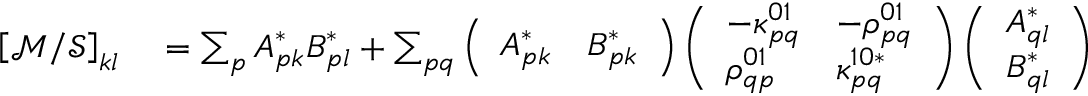
\begin{array} { r l } { \left[ \mathcal { M } / \mathcal { S } \right] _ { k l } } & { { } = \sum _ { p } A _ { p k } ^ { * } B _ { p l } ^ { * } + \sum _ { p q } \left( \begin{array} { l l } { A _ { p k } ^ { * } } & { B _ { p k } ^ { * } } \end{array} \right) \left( \begin{array} { l l } { - \kappa _ { p q } ^ { 0 1 } } & { - \rho _ { p q } ^ { 0 1 } } \\ { \rho _ { q p } ^ { 0 1 } } & { \kappa _ { p q } ^ { 1 0 * } } \end{array} \right) \left( \begin{array} { l } { A _ { q l } ^ { * } } \\ { B _ { q l } ^ { * } } \end{array} \right) } \end{array}